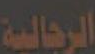
الرجالية